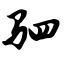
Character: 驷